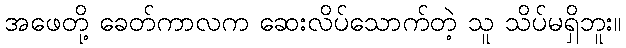
အဖေတို့ ခေတ်ကာလက ဆေးလိပ်သောက်တဲ့ သူ သိပ်မရှိဘူး။